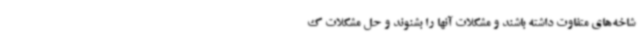
شاخه‌های متفاوت داشته باشند و مشکلات آنها را بشنوند و حل مشکلات ک